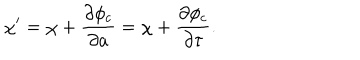
\chi ^ { \prime } = \chi + \frac { \partial \phi _ { c } } { \partial a } = \chi + \frac { \partial \phi _ { c } } { \partial \tau } .